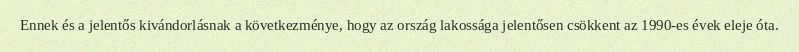
Ennek és a jelentős kivándorlásnak a következménye, hogy az ország lakossága jelentősen csökkent az 1990-es évek eleje óta.